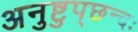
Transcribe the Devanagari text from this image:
अनुष्टुप्‌छन्दः